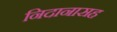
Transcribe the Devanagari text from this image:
निदानासह